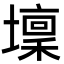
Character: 壈